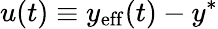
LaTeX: u(t)\equiv y_{\mathrm{{eff}}}(t)-y^{*}